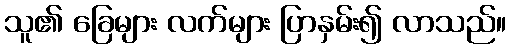
သူ၏ ခြေများ လက်များ ပြာနှမ်း၍ လာသည်။